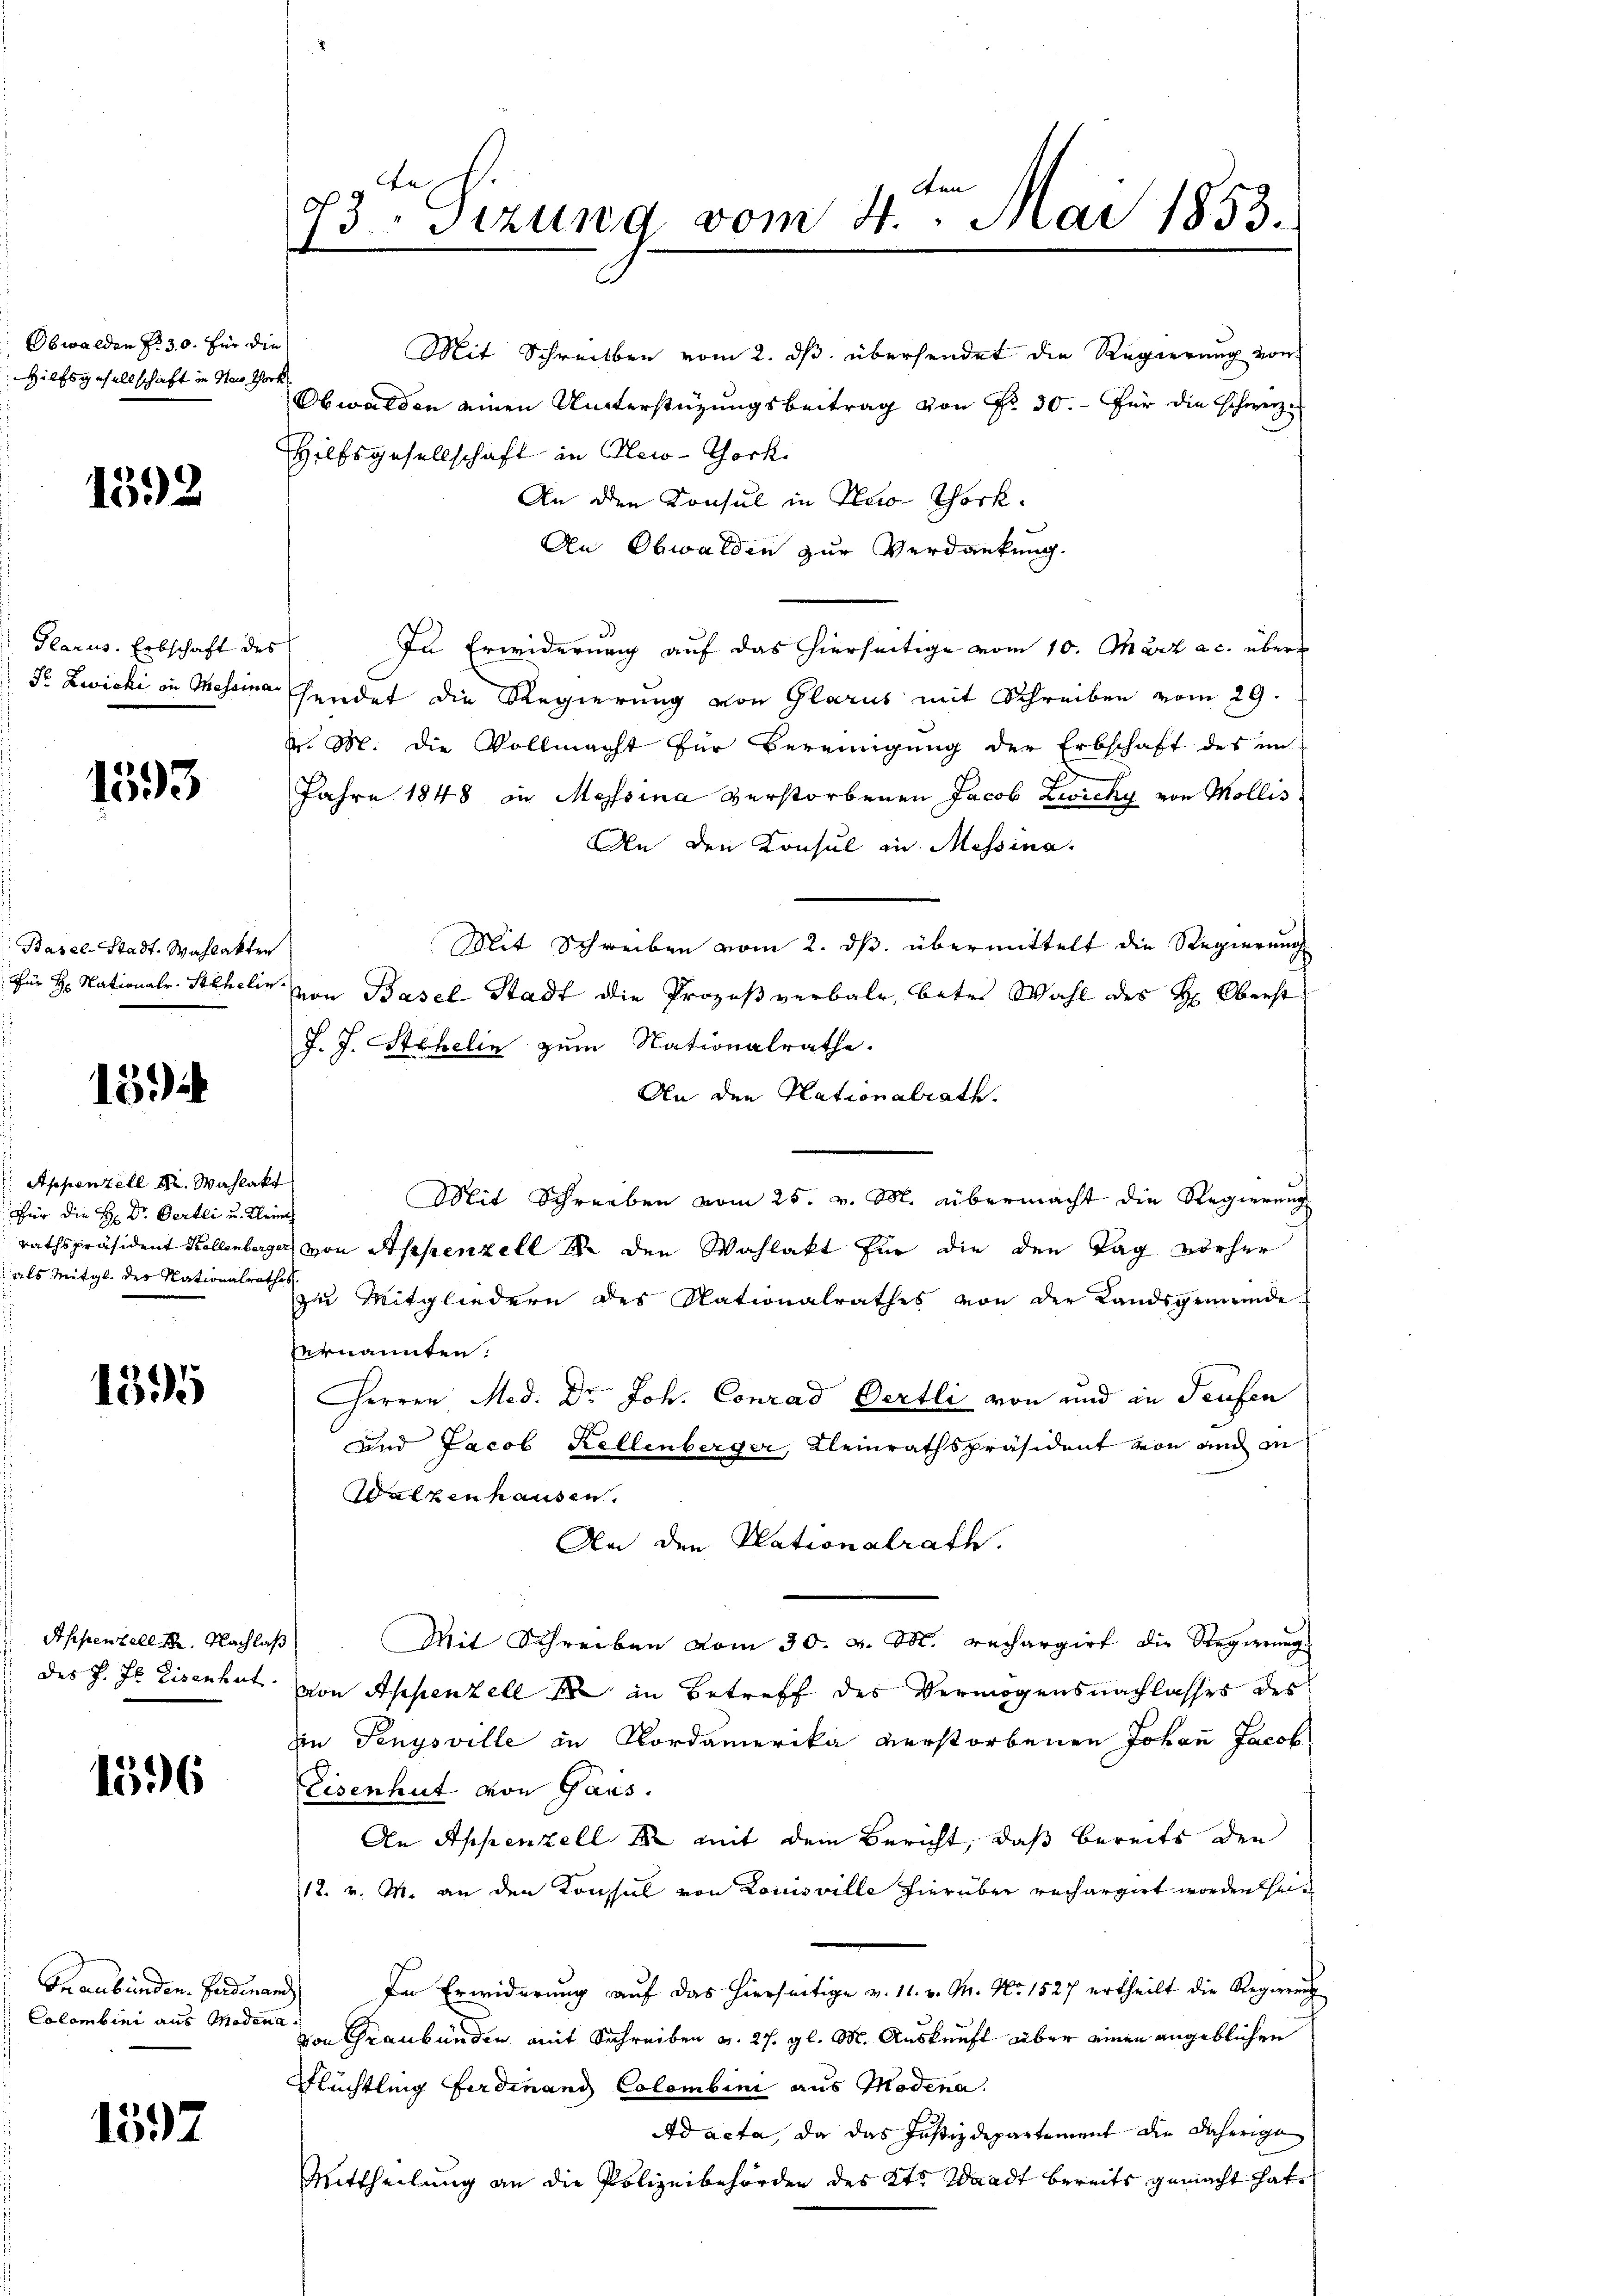
Obwalden fr. 30. für die
Hilfsgesellschaft in den Thork

1392

Glarus. Erbschaft des
Sr Zwicki in Tessina

1593

Basel-Stadt, Wahlakter
Für H. Nationalr. Stehelin

15

Appenzell M. Wahlakt
Für die H: Dr. Oertli u. Kleine
als Mitgl. der Nationalrathe

1395

Appenzell 12. Nachlaß
des J. Js. Eisenhut.

1596

Graubünden Gardinand
Colombini aus Modena.

1597

73 Sizung vom 4. Mai 1853.
s

Hilfsgesellschaft in New-York.
An den Konsul in New-York
An Obwalden zur Verdankung.
In Erwiderung auf das hierseitige vom 10. Charz a. c. über
sendet die Regierung von Glarus mit Schreiben vom 29.
v. M. die Vollmacht für Vereinigung der Erbschaft des im
Jahre 1848 in Messina verstorbenen Jacob Zwicky von Mollis
An den Konsul in Messina.
Mit Schreiben vom 2. ds. übermittelt die Regierung
Von Basel-Stadt die Prozeß verbale, betr. Wahl des H: Oberst
J. J. Stehelin zum Nationalrathe.
An den Hationalrath.
Mit Schreiben vom 25. v. M. übermacht die Regierung
rathspräsident Kollenberger von Appenzell I. den Wahlakt für die den Tag vorher
zu Mitgliedern des Nationalrathes von der Landsgemeinde-
vernannten.
Herren Med. Dr. Joh. Conrad Oertli von und in Teufen
und Jacob Kellenberger, Kleinrathspräsident von und in
Walzenhausen.
An den Plationalrath.
Mit Schreiben vom 30. v. M. rechargirt die Regierungs
von Appenzell er in Betreff des Vermögensnachlasses des
in Jenysville in Nordamerika verstorbenen Johann Jacob
Eisenhut von Gaus.
An Appenzell 1 mit dem Bericht, daß bereits den
12. v. M. an den Konsul von Louisville hierüber rechargirt worden hei¬
In Erwiderung auf das hierseitige v. 11. v. M. No. 1527 ertheilt die Regierung
von Graubünden mit Schreiben v. 27. gl. M. Auskunft über einen angeblichen
Flüchtling Ferdinand Colombini aus Modena.
Ad acta, da das Justizdepartement die daherige
Mittheilung an die Polizeibehörden des Kts. Waadt bereits gemacht hat,

Mit Schreiben vom 2. ds. übersendet die Regierung von
Obwalden einen Unterstüzungsbeitrag von Nr. 30. für die schweiz.